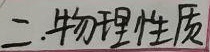
二.物理性质